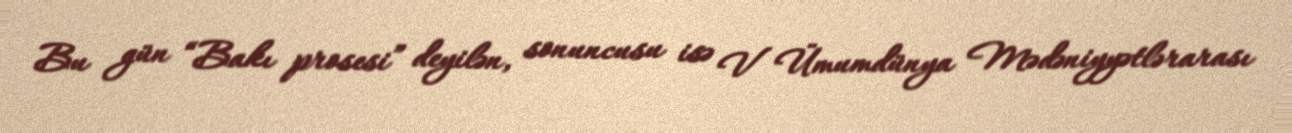
Bu gün “Bakı prosesi” deyilən, sonuncusu isə V Ümumdünya Mədəniyyətlərarası